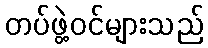
တပ်ဖွဲ့ဝင်များသည်